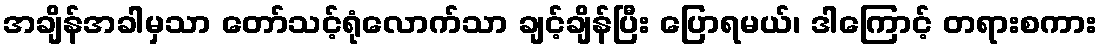
အချိန်အခါမှသာ တော်သင့်ရုံလောက်သာ ချင့်ချိန်ပြီး ပြောရမယ်၊ ဒါကြောင့် တရားစကား